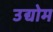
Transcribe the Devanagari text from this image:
उद्योम